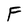
Character: F